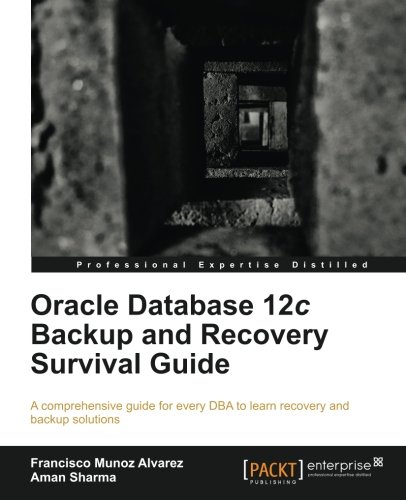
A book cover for Oracle Database 12c Backup and Recovery Survival Guide; Francisco Munoz Alvarez; Computers & Technology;